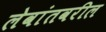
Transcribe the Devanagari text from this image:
लेवांतवरील